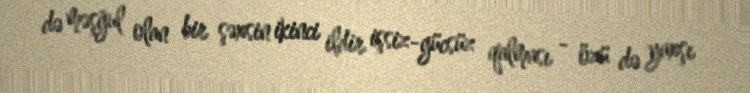
də məşğul olan bir şəxsin ikinci ildir işsiz-gücsüz qalması - özü də yaxşı